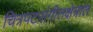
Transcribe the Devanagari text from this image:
चित्रपटसंगीतक्षेत्रात